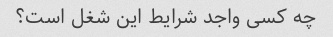
چه کسی واجد شرایط این شغل است؟